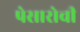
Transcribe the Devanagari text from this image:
पेसारोची